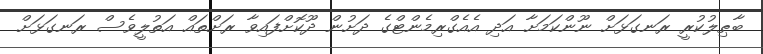
ބާޠިލުކުރީ ރަނގަޅަށް ނޫންކަމަށާ އަދި އެއެގްރިމެންޓްގެ ދަށުން ދޫކޮށްފައިވާ ރަށްތައް އަތުލީވެސް ރަނގަޅަށް